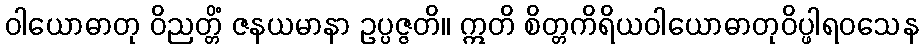
ဝါယောဓာတု ဝိညတ္တိံ ဇနယမာနာ ဥပ္ပဇ္ဇတိ။ ဣတိ စိတ္တကိရိယဝါယောဓာတုဝိပ္ဖါရဝသေန